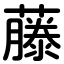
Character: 藤